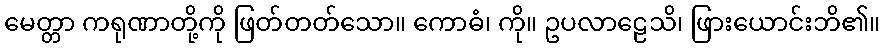
မေတ္တာ ကရုဏာတို့ကို ဖြတ်တတ်သော။ ကောဓံ၊ ကို။ ဥပလာဠေသိ၊ ဖြားယောင်းဘိ၏။